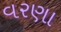
વરણા